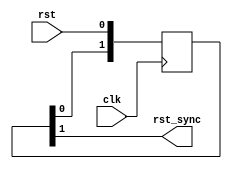
/*  This file is part of JT_FRAME.
    JTFRAME program is free software: you can redistribute it and/or modify
    it under the terms of the GNU General Public License as published by
    the Free Software Foundation, either version 3 of the License, or
    (at your option) any later version.

    JTFRAME program is distributed in the hope that it will be useful,
    but WITHOUT ANY WARRANTY; without even the implied warranty of
    MERCHANTABILITY or FITNESS FOR A PARTICULAR PURPOSE.  See the
    GNU General Public License for more details.

    You should have received a copy of the GNU General Public License
    along with JTFRAME.  If not, see <http://www.gnu.org/licenses/>.

    Author: Jose Tejada Gomez. Twitter: @topapate
    Version: 1.0
    Date: 6-9-2021 */

// Reference:
// https://www.intel.com/content/www/us/en/programmable/quartushelp/15.1/index.htm#verify/da/comp_file_rules_reset_synch.htm

module jtframe_rst_sync(
    input   rst,
    input   clk,
    output  rst_sync
);

reg [1:0] s;

assign rst_sync = s[1];

always @(posedge clk) begin
    s <= { s[0], rst };
end

endmodule